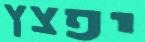
יפצץ